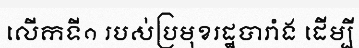
លើកទី១ របស់ប្រមុខរដ្ឋបារាំង ដើម្បី